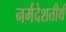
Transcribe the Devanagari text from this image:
नर्मदेशतीर्थ